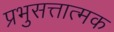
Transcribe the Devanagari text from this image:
प्रभुसत्तात्मक